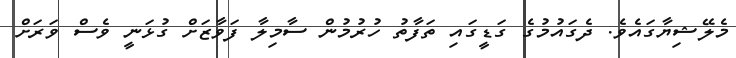
މެލޭޝިޔާގައެވެ. ދެގައުމުގެ ގަޑީގައި ތަފާތު ހުރުމުން ސާމިލާ ފަވާޒަށް ގުޅަނީ ވެސް ވަރަށް